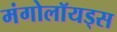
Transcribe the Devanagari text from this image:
मंगोलॉयड्स